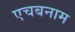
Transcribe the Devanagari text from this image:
एचबनाम